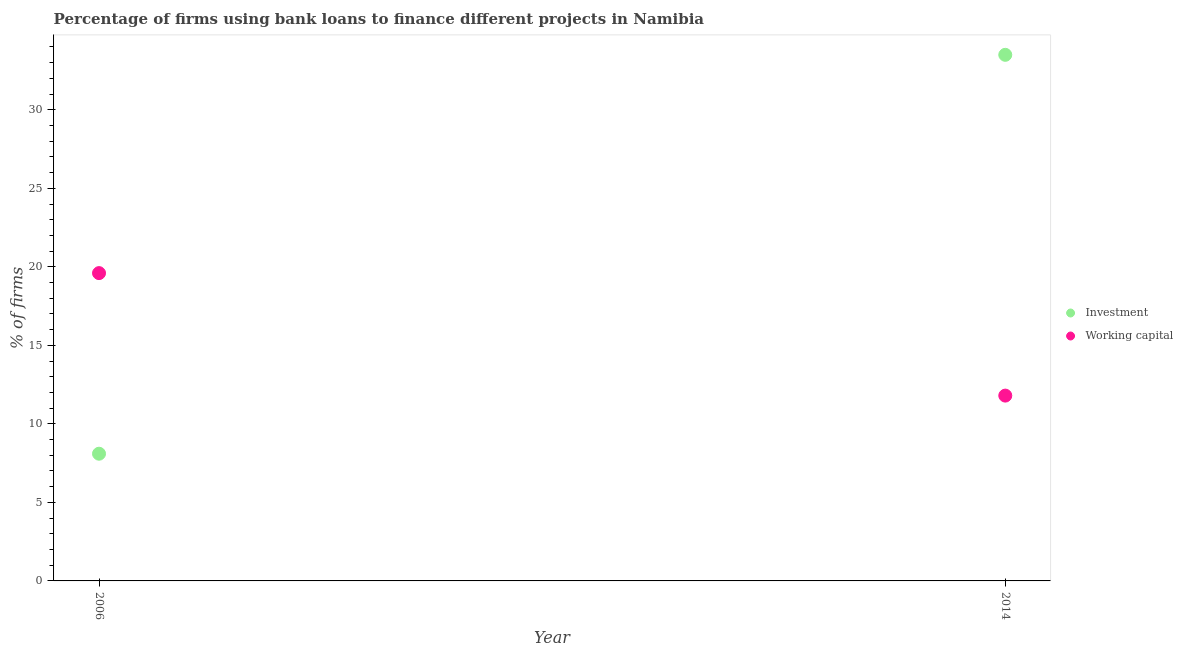
| Year | Investment | Working capital |
 | --- | --- | --- |
 | 2006 | 8.1 | 19.6 |
 | 2014 | 33.5 | 11.8 |